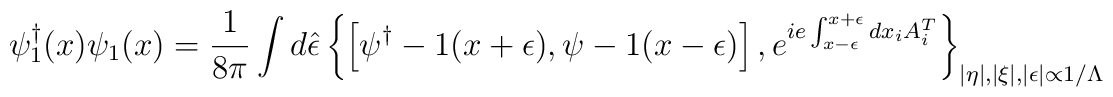
\psi^\dagger_1(x)\psi_1(x)=\frac{1}{8\pi}\int d\hat\epsilon \left\{\left[\psi^\dagger-1(x+\epsilon),\psi-1(x-\epsilon)\right],e^{ie\int_{x-\epsilon}^{x+\epsilon}dx_iA_i^{T}}\right\}_{|\eta|, |\xi|, |\epsilon|\propto 1/\Lambda}